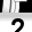
Digit: 2